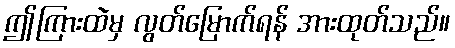
ဤကြားထဲမှ လွတ်မြောက်ရန် အားထုတ်သည်။